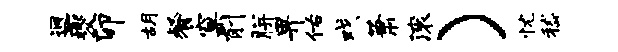
迥夔卯胡餐窠削胼畀佑戏萧滚）忧嵇